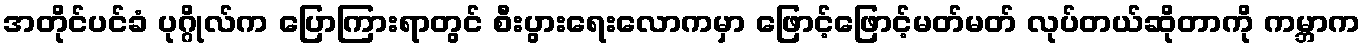
အတိုင်ပင်ခံ ပုဂ္ဂိုလ်က ပြောကြားရာတွင် စီးပွားရေးလောကမှာ ဖြောင့်ဖြောင့်မတ်မတ် လုပ်တယ်ဆိုတာကို ကမ္ဘာက